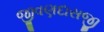
જીવણદાસજી